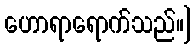
ဟောရာရောက်သည်။]